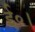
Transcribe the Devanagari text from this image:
ई०।